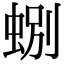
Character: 𫊽